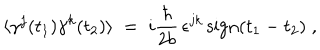
LaTeX: \langle \gamma ^ { j } ( t _ { 1 } ) \gamma ^ { k } ( t _ { 2 } ) \rangle \; = \; i \frac { \hbar } { 2 b } \, \epsilon ^ { j k } \, \mathrm { s i g n } ( t _ { 1 } - t _ { 2 } ) \; ,